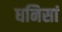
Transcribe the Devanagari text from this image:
धनिसां